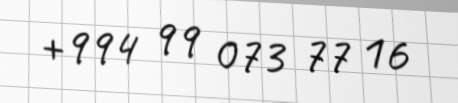
+994 99 073 77 16